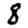
Digit: 8